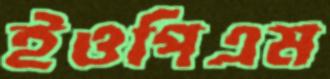
ইওপিএম